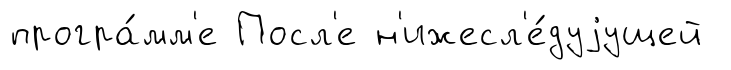
програ́мм'е Посл'е н'ижесл'е́дуjущей